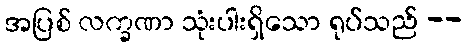
အပြစ် လက္ခဏာ သုံးပါးရှိသော ရုပ်သည် --